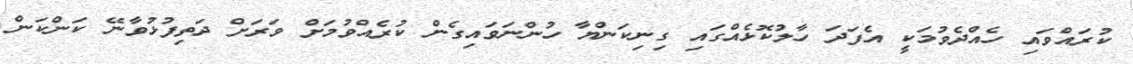
ކުރައްވައި ހެއްދެވުމަކީ އެފަދަ ހާލުކޮޅެއްގައި ގިނިކަންޔާ ހުންނަވައިގެން ކުރެއްވުމަށް ވަރަށް ދަތިފުޅުވާނޭ ކަންކަން